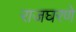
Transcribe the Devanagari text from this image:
राजघरणे